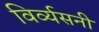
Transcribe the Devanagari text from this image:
विर्व्यसनी